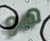
هو